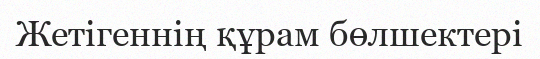
Жетігеннің құрам бөлшектері